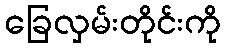
ခြေလှမ်းတိုင်းကို